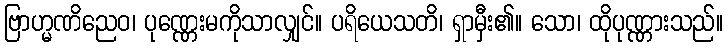
ဗြာဟ္မဏိညေဝ၊ ပုဏ္ဏေးမကိုသာလျှင်။ ပရိယေသတိ၊ ရှာမှီး၏။ သော၊ ထိုပုဏ္ဏားသည်။